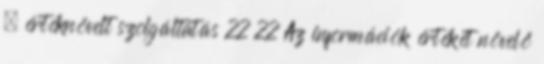
– értéknövelt szolgáltatás 22 22 Az információk értékét növelő